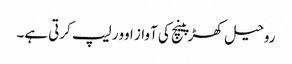
روحیل کھڑپینچ کی آواز اوور لیپ کرتی ہے۔